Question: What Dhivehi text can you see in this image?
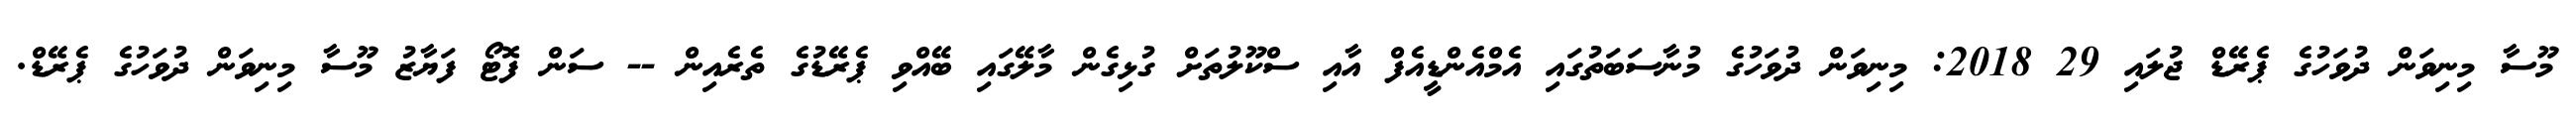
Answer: މޫސާ މިނިވަން ދުވަހުގެ ޕެރޭޑް ޖުލައި 29 2018: މިނިވަން ދުވަހުގެ މުނާސަބަތުގައި އެމްއެންޑީއެފް އާއި ސްކޫލުތަށް ގުޅިގެން މާލޭގައި ބޭއްވި ޕެރޭޑުގެ ތެރެއިން -- ސަން ފޮޓޯ ފަޔާޒު މޫސާ މިނިވަން ދުވަހުގެ ޕެރޭޑް.